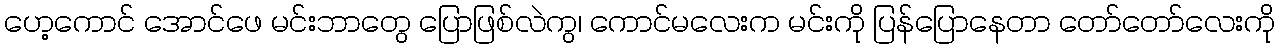
ဟေ့ကောင် အောင်ဖေ မင်းဘာတွေ ပြောဖြစ်လဲကွ၊ ကောင်မလေးက မင်းကို ပြန်ပြောနေတာ တော်တော်လေးကို